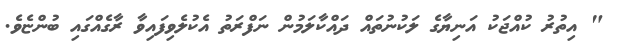
" އިތުރު ކުއްޖަކު އަނިޔާގެ ލަކުނުތައް ދައްކާލަމުން ނަފްރަތު އެކުލެވިފައިވާ ރާގެއްގައި ބުންޏެވެ.